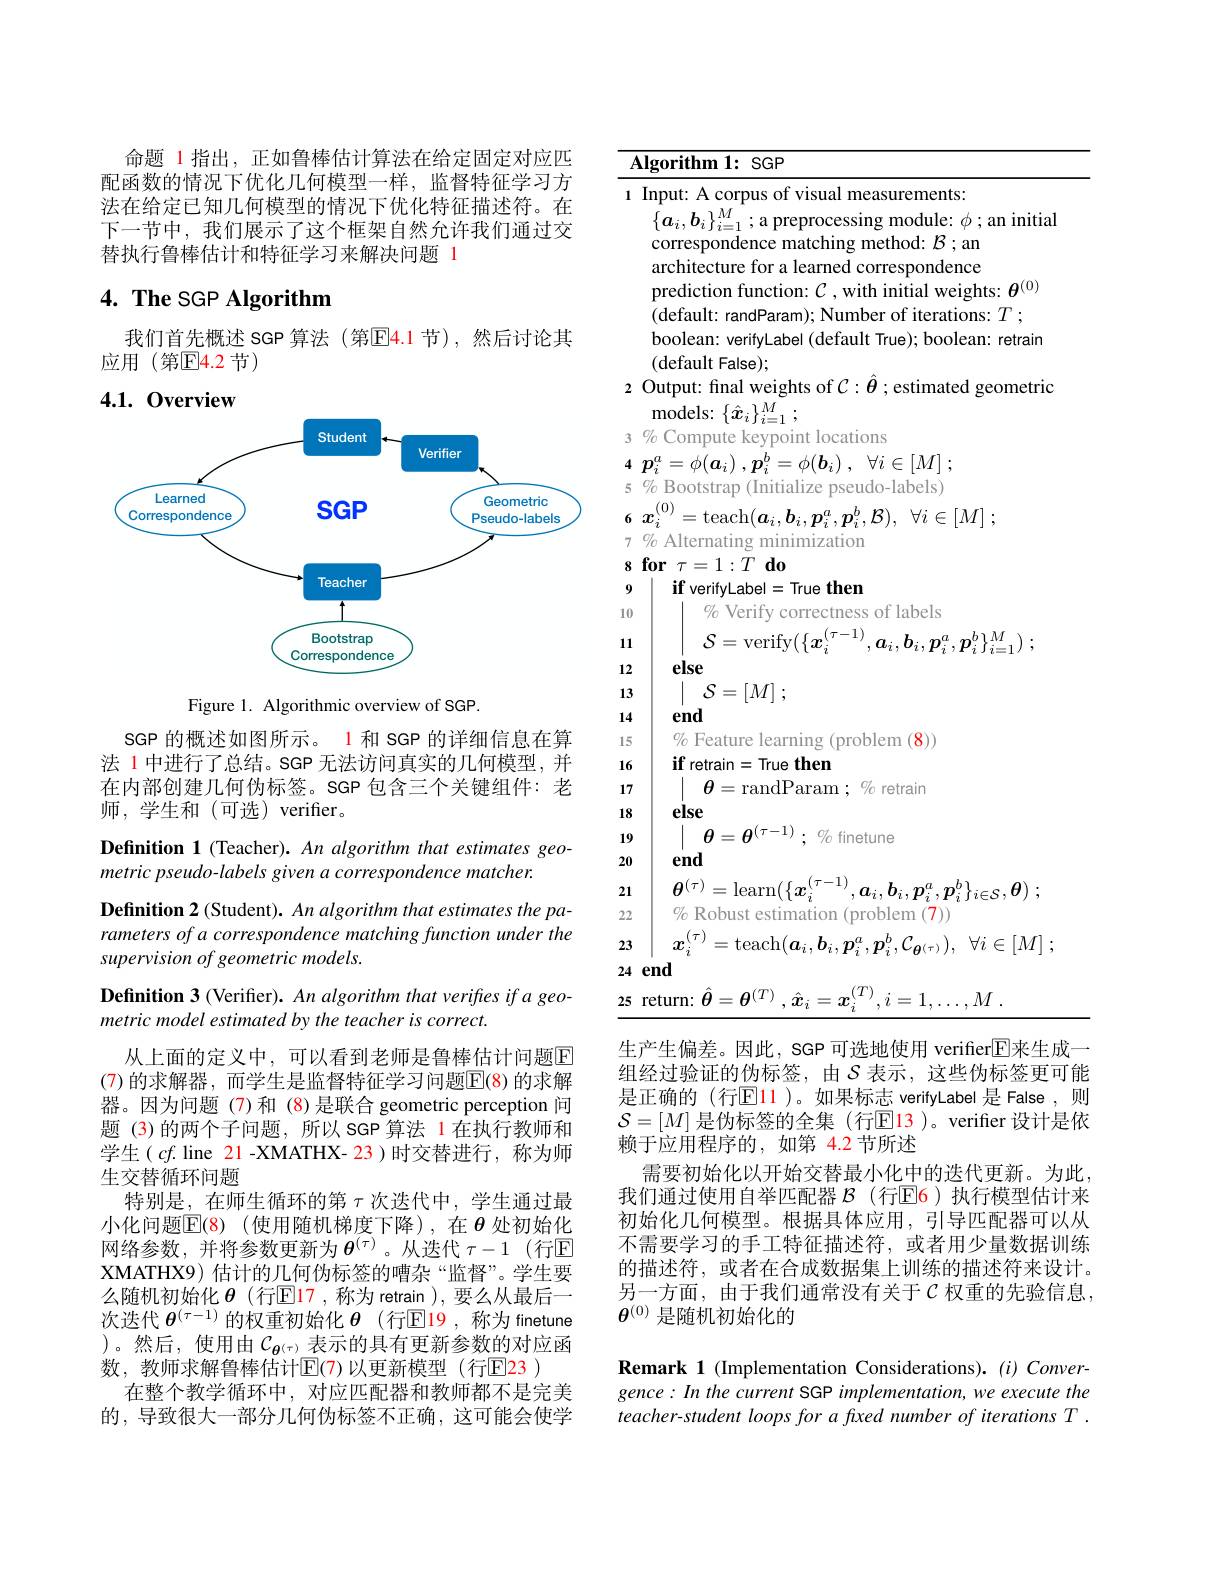
命题 1 指出，正如鲁棒估计算法在给定固定对应匹配函数的情况下优化几何模型一样，监督特征学习方法在给定已知几何模型的情况下优化特征描述符。在下一节中，我们展示了这个框架自然允许我们通过交替执行鲁棒估计和特征学习来解决问题 1

## $4. \textbf{The SGP Algorithm}$

我们首先概述 SGP 算法 (第$\mathbb{E}\color{red}{4.1}$ 节),然后讨论其
应用(第E4.2节)

## 4.1.0verview
<FigureHere>

Figure 1. Algorithmic overview of SGP

SGP 的概述如图所示。1 和 SGP 的详细信息在算法 1 中进行了总结。SGP 无法访问真实的几何模型，并在内部创建几何伪标签。SGP包含三个关键组件：老师，学生和(可选)verifer。

Definition 1 (Teacher). An algorithm that estimates geo-

metric pseudo-labels given a correspondence matcher.

Definition 2 (Student). An algorithm that estimates the pa-

rameters of a correspondence matching function under the

supervision of geometric models.

Definition 3 (Verifier). An algorithm that verifies if a geo-

metric model estimated by the teacher is correct.

从上面的定义中，可以看到老师是鲁棒估计问题$\overline{\mathrm{F}}$ (7) 的求解器，而学生是监督特征学习问题$\overline{\mathrm{E}}(8)$ 的求解器。因为问题 (7)和 (8)是联合 geometric perception 问题 (3)的两个子间题，所以 SGP 算法 1 在执行教师和学生( $cf$. line 21 -XMATHX- 23)时交替进行，称为师生交替循环问题
特别是，在师生循环的第$\tau$次迭代中，学生通过最小化问题$\mathbb{E} ( 8)$ (使用随机梯度下降),在$\theta$处初始化网络参数，并将参数更新为 $\boldsymbol{\theta}^{(\tau)}$。从迭代 $\tau-1$ (行$\overline{\mathbf{E}}$ XMATHX9) 估计的几何伪标签的嘈杂“监督”。学生要么随机初始化 $\boldsymbol{\theta}$(行$\operatorname{El}$17 ,称为 retrain ), 要么从最后一次迭代$\boldsymbol{\theta}^(\tau-1)$的权重初始化$\boldsymbol{\theta}$ (行$\operatorname{El}$9 ,称为 finetune )。然后，使用由$C_{\boldsymbol{\theta}^{(\tau)}}$表示的具有更新参数的对应函数，教师求解鲁棒估计$\bar{\mathbb{E}}$(7)以更新模型(行$\mathbb{E}$23 )
在整个教学循环中，对应匹配器和教师都不是完美的，导致很大一部分几何伪标签不正确，这可能会使学

${\mathbf{Algorithm~1:~SGP}}$
1 Input: A corpus of visual measurements:
$\{\boldsymbol{a}_{i},\boldsymbol{b}_{i}\}_{i=1}^{M};$a preprocessing module: $\phi;$ an initial
correspondence matching method: $\mathcal{B};$an architecture for a learned correspondence prediction function: $\mathcal{C}$ , with initial weights: $\boldsymbol\theta^{(0)}$
(default: randParam); Number of iterations: $T$ ;
boolean: verifyLabel (default True); boolean: retrain
(default False);
2 Output: final weights of $\mathcal{C}:\hat{\boldsymbol{\theta}};$estimated geometric
${\mathrm{models:}}\left\{\hat{x}_{i}\right\}_{i=1}^{M};$
3 % Compute keypoint locations
4 $p_{i}^{a}= \phi ( \boldsymbol{a}_{i})$ $, \boldsymbol{p}_{i}^{b}= \phi ( \boldsymbol{b}_{i})$ , $\forall i\in [ M]$ ; $5\%$ Bootstrap (Initialize pseudo-labels) 6 $\boldsymbol{x}_{i}^{( 0) }= \operatorname { teach} ( \boldsymbol{a}_{i}, \boldsymbol{b}_{i}, \boldsymbol{p}_{i}^{a}, \boldsymbol{p}_{i}^{b}, \mathcal{B} ) $, $\forall i\in [ M]$ ; 7 $\%$ Alternating minimization
$8\textbf{for}\tau = 1: T\textbf{do}$
9
$\textbf{if verifyLabel}=$True then
% Verify correctness of labels
10
$\mathcal{S}=$verify$( \{ \boldsymbol{x}_i^{( \tau - 1) }, \boldsymbol{a}_i, \boldsymbol{b}_i, \boldsymbol{p}_i^a, \boldsymbol{p}_i^b\} _{i= 1}^M)$ ;
1112
else
13
$\mid \mathcal{S} = [ M]$ ;
14
end
15
% Feature learning (problem (8))
$\textbf{if retrain}=$True then
1617
$\mid$ $\boldsymbol{\theta }=$randParam ; % retrain
else
18
 $\mid$ $\theta = \boldsymbol{\theta }^{( \tau - 1) };$ % finetune
19
end
2021
$\boldsymbol{\theta }^{( \tau ) }= \operatorname* { learn} ( \{ \boldsymbol{x}_i^{( \tau - 1) }, \boldsymbol{a}_i, \boldsymbol{b}_i, \boldsymbol{p}_i^a, \boldsymbol{p}_i^b\} _{i\in \mathcal{S} }, \boldsymbol{\theta })$ ; $\mathscr{M} _6$ Robust estimation ( problem ( 7) )
22
23 $\left | \begin{array} { c c } x_{i}^{( \tau ) }= \tanh ( \boldsymbol{a}_{i}, \boldsymbol{b}_{i}, \boldsymbol{p}_{i}^{a}, \boldsymbol{p}_{i}^{b}, \mathcal{C} _{\boldsymbol{\theta }^{( \tau ) }}) , & \forall i\in [ M] \end{array} ; \right .$
24 end
$\underline{25}$ return: $\hat{\boldsymbol{\theta}}=\boldsymbol{\theta}^{(T)},\hat{\boldsymbol{x}}_i=\boldsymbol{x}_i^{(T)},i=1,\ldots,M.$

生产生偏差。因此，SGP 可选地使用 verifier$\overline{\mathrm{E}}$来生成一组经过验证的伪标签，由$\mathcal{S}$ 表示，这些伪标签更可能是正确的 (行$\mathbb{E}\color{red}{11}$ )。如果标志 verifyLabel 是 False ,则$\mathcal{S}=[M]$ 是伪标签的全集 (行$\mathbb{E}$13 )。verifer 设计是依赖于应用程序的，如第 4.2 节所述
需要初始化以开始交替最小化中的迭代更新。为此我们通过使用自举匹配器 $\mathcal{B}$ (行$\mathbb{E}$6)执行模型估计来初始化几何模型。根据具体应用，引导匹配器可以从不需要学习的手工特征描述符，或者用少量数据训练的描述符，或者在合成数据集上训练的描述符来设计。另一方面，由于我们通常没有关于$\mathcal{C}$权重的先验信息， $\ddot{\boldsymbol{\theta}}^{(0)}$是随机初始化的

Remark 1 (Implementation Considerations).(i) Convergence: In the current SGP implementation, we execute the teacher-student loops for a fixed number of iterations T .